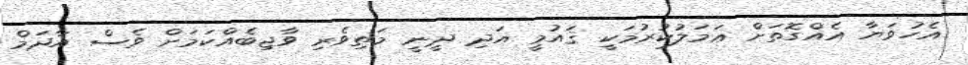
އެހުވަޔާ އެއްގޮތަށް ޢަމަލުކުރުމަކީ ޤައުމީ އަދި ދީނީ މަތިވެރި ވާޖިބެއްކަމަށް ވެސް އާދަމް